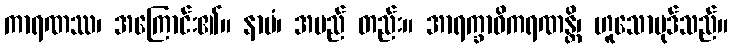
ကာရဏဿ၊ အကြောင်း၏။ နာမံ၊ အမည် တည်း။ အာရက္ခာဓိကရဏန္တိ၊ ဟူသောပုဒ်သည်။